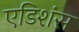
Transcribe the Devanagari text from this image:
एडिशंस